Annual report of the Punjab Veterinary College and of the Civil Veterinary Department, Punjab - 1909-1919
Year: 1909
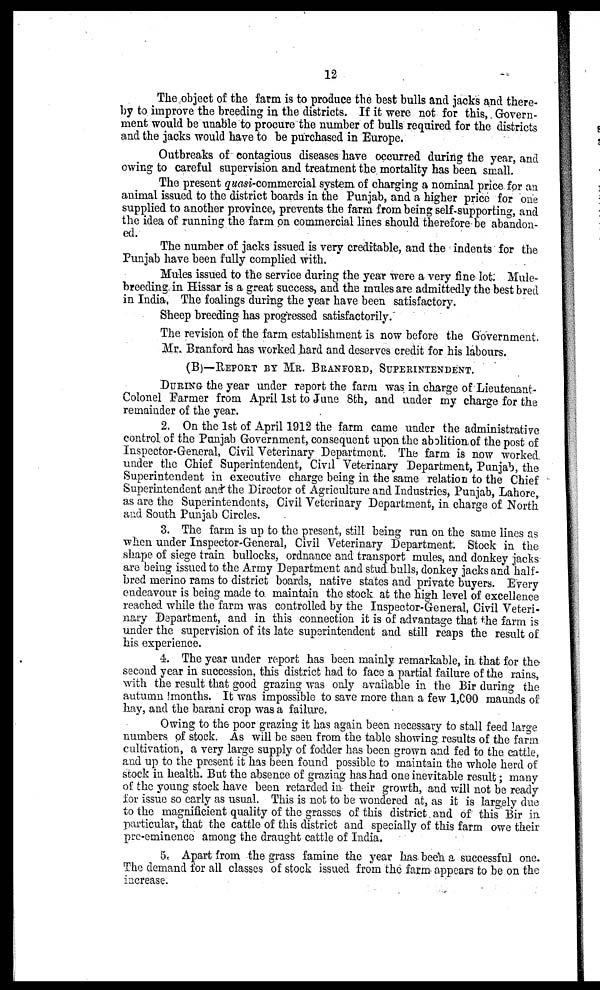
12
The object of the farm is to produce the best bulls and jacks and there-
by to improve the breeding in the districts. If it were not for this, Govern-
ment would be unable to procure the number of bulls required for the districts
and the jacks would have to be purchased in Europe.
Outbreaks of contagious diseases have occurred during the year, and
owing to careful supervision and treatment the mortality has been small.
The present quasi-commercial system, of charging a nominal price for an
animal issued to the district boards in the Punjab, and a higher price for one
supplied to another province, prevents the farm from being self-supporting, and
the idea of running the farm on commercial lines should therefore be abandon-
ed.
The number of jacks issued is very creditable, and the indents for the
Punjab have been fully complied with.
Mules issued to the service during the year were a very fine lot. Mule-
breeding in Hissar is a great success, and the mules are admittedly the best bred
in India, The foalings during the year have been satisfactory.
Sheep breeding has progressed satisfactorily.
The revision of the farm establishment is now before the Government.
Mr. Branford has worked hard and deserves credit for his labours.
(B)—REPORT BY MR. BRANFORD, SUPERINTENDENT.
DURING the year under report the farm was in charge of Lieutenant-
Colonel Farmer from April 1st to June 8th, and under my charge for the
remainder of the year.
2. On the 1st of April 1912 the farm came under the administrative
control of the Punjab Government, consequent upon the abolition of the post of
Inspector-General, Civil Veterinary Department. The farm is now worked,
under the Chief Superintendent, Civil Veterinary Department, Punjab, the
Superintendent in executive charge being in the same relation to the Chief
Superintendent and the Director of Agriculture and Industries, Punjab, Lahore,
as are the Superintendents, Civil Veterinary Department, in charge of North
and South Punjab Circles.
3. The farm is up to the present, still being run on the same lines as
when under Inspector-General, Civil Veterinary Department. Stock in the
shape of siege train bullocks, ordnance and transport mules, and donkey jacks
are being issued to the Army Department and stud bulls, donkey jacks and half-
bred merino rams to district boards, native states and private buyers. Every
endeavour is being made to. maintain the stock at the high level of excellence
reached while the farm was controlled by the Inspector-General, Civil Veteri-
nary Department, and in this connection it is of advantage that the farm is
under the supervision of its late superintendent and still reaps the result of
his experience.
4. The year under report has been mainly remarkable, in that for the
second year in succession, this district had to face a partial failure of the rains,
with the result that good grazing was only available in the Bir during the
autumn months. It was impossible to save more than a few 1,000 maunds of
hay, and the barani crop was a failure.
Owing to the poor grazing it has again been necessary to stall feed large
numbers of stock. As will be seen from the table showing results of the farm
cultivation, a very large supply of fodder has been grown and fed to the cattle,
and up to the present it has been found possible to maintain the whole herd of
stock in health. But the absence of grazing has had one inevitable result; many
of the young stock have been retarded in their growth, and will not be ready
for issue so early as usual. This is not to be wondered at, as it is largely due
to the magnificient quality of the grasses of this district and of this Bir in
particular, that the cattle of this district and specially of this farm owe their
pre-eminence among the draught cattle of India.
5. Apart from the grass famine the year has been a successful one.
The demand for all classes of stock issued from the farm appears to be on the
increase.